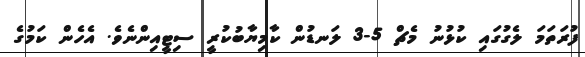
ފުރަތަމަ ލެގުގައި ކުޅުނު މެޗް 5-3 ލަނޑުން ކާމިޔާބުކުރީ ސިޓީއިންނެވެ. އެހެން ކަމުގެ